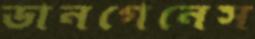
ডানগেনেস